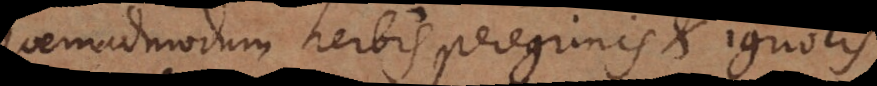
quemadmodum herbis peregrinis et ignotis